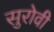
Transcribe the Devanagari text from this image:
सुरोवी